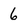
Character: 6